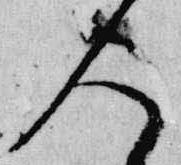
人